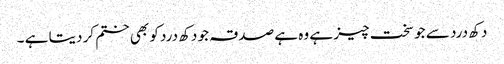
دکھ درد سے جو سخت چیز ہے وہ ہے صدقہ جو دکھ درد کو بھی ختم کر دیتا ہے ۔